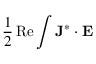
\frac { 1 } { 2 } \operatorname { R e } \int \mathbf { J } ^ { * } \cdot \mathbf { E }